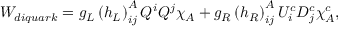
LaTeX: W _ { d i q u a r k } = g _ { L } \left( h _ { L } \right) _ { i j } ^ { A } Q ^ { i } Q ^ { j } \chi _ { A } + g _ { R } \left( h _ { R } \right) _ { i j } ^ { A } U _ { i } ^ { c } D _ { j } ^ { c } \chi _ { A } ^ { c } ,